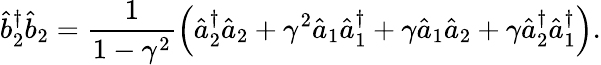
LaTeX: \hat{b}_{2}^{\dagger}\hat{b}_{2}=\frac{1}{1-\gamma^{2}}\left(\hat{a}_{2}^{\dagger}\hat{a}_{2}+\gamma^{2}\hat{a}_{1}\hat{a}_{1}^{\dagger}+\gamma\hat{a}_{1}\hat{a}_{2}+\gamma\hat{a}_{2}^{\dagger}\hat{a}_{1}^{\dagger}\right).